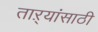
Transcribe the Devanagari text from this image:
ताऱ्यांसाठी